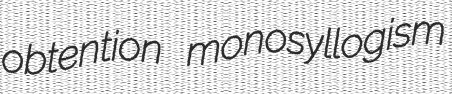
obtention monosyllogism